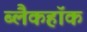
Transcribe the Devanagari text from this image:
ब्लैकहॉक